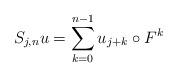
LaTeX: \begin{align*}S_{j,n}u=\sum_{k=0}^{n-1}u_{j+k}\circ F^k\end{align*}